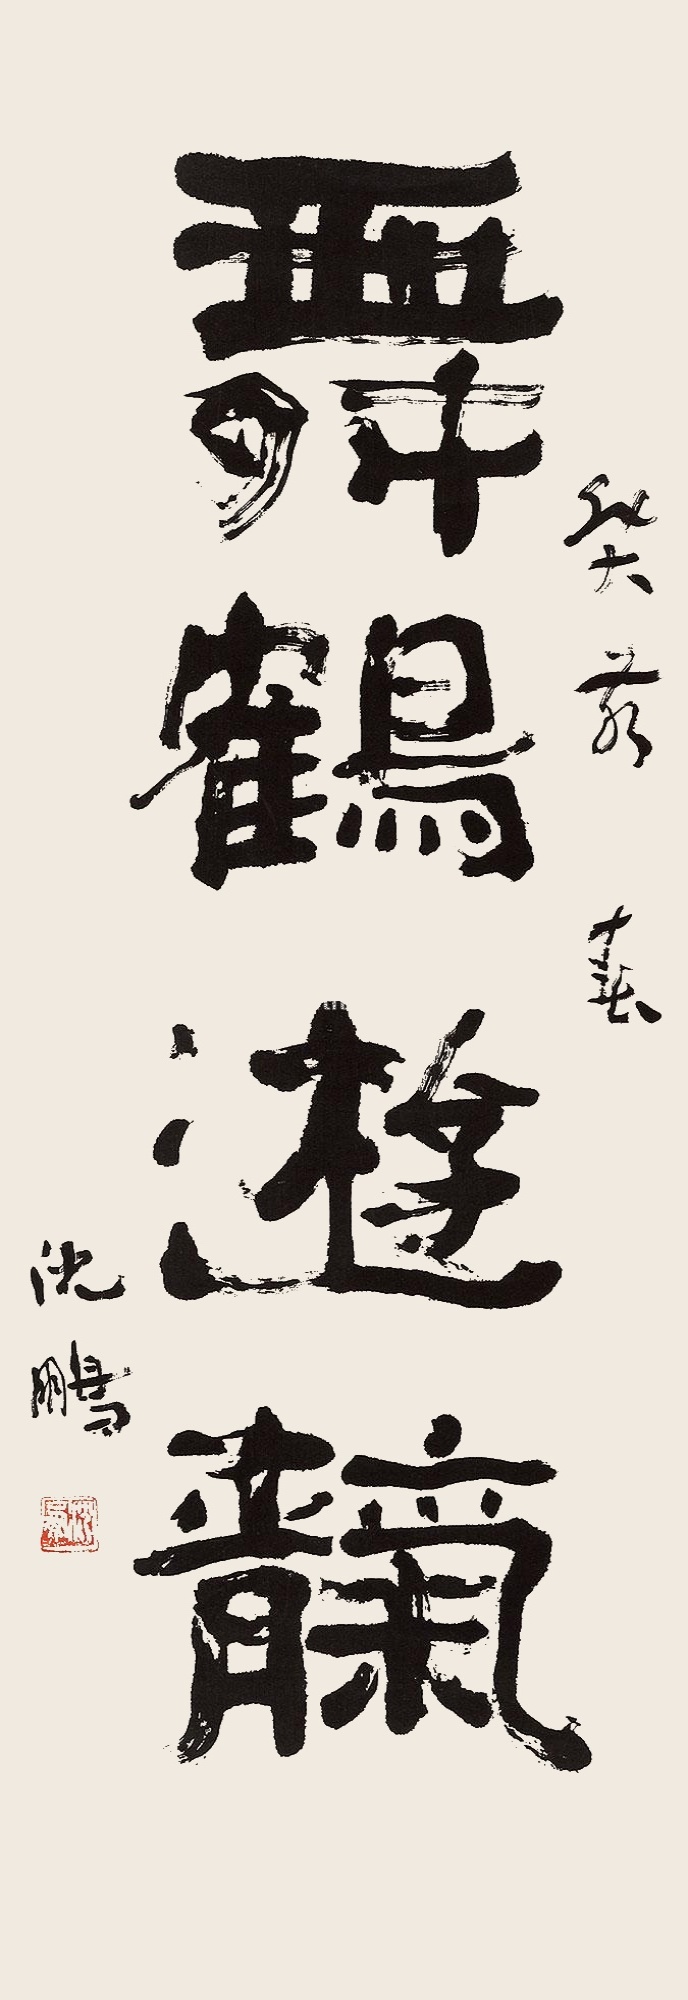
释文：舞鹤游天癸亥春，沈鹏。